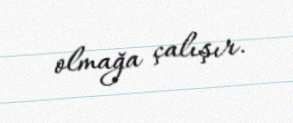
olmağa çalışır.